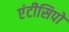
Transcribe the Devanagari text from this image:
एंटीसिपो